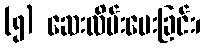
(၅) ဆေးလိမ်းပေးခြင်း၊